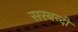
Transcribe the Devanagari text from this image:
सरबन्दी